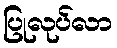
ပြုလုပ်လာ